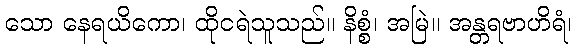
သော နေရယိကော၊ ထိုငရဲသူသည်။ နိစ္စံ၊ အမြဲ။ အန္တရဗာဟိရံ၊